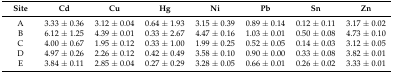
| Site | Cd | Cu | Hg | Ni | Pb | Sn | Zn |
 | --- | --- | --- | --- | --- | --- | --- | --- |
 | A | 3.33 ± 0.36 | 3.12 ± 0.04 | 0.64 ± 1.93 | 3.15 ± 0.39 | 0.89 ± 0.14 | 0.12 ± 0.11 | 3.17 ± 0.02 |
 | B | 6.12 ± 1.25 | 4.39 ± 0.01 | 0.33 ± 2.67 | 4.47 ± 0.16 | 1.03 ± 0.01 | 0.50 ± 0.08 | 4.73 ± 0.10 |
 | C | 4.00 ± 0.67 | 1.95 ± 0.12 | 0.33 ± 1.00 | 1.99 ± 0.25 | 0.52 ± 0.05 | 0.14 ± 0.03 | 3.12 ± 0.05 |
 | D | 4.97 ± 0.26 | 2.26 ± 0.12 | 0.42 ± 0.49 | 3.58 ± 0.10 | 0.90 ± 0.00 | 0.33 ± 0.08 | 3.82 ± 0.01 |
 | E | 3.84 ± 0.11 | 2.85 ± 0.04 | 0.27 ± 0.29 | 3.28 ± 0.05 | 0.66 ± 0.01 | 0.26 ± 0.02 | 3.33 ± 0.01 |